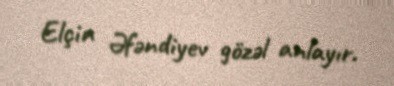
Elçin Əfəndiyev gözəl anlayır.